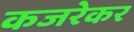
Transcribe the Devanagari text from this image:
कजरेकर